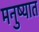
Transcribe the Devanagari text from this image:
मनुष्यात